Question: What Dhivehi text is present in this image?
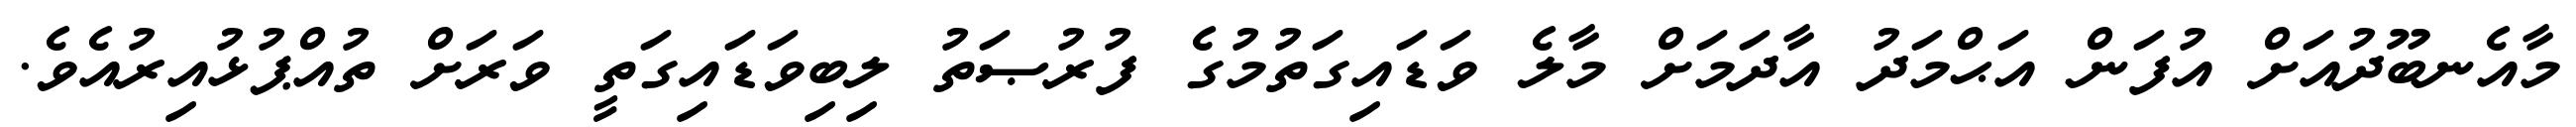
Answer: މާއެނބޫދުއަށް އުފަން އަޙްމަދު އާދަމަށް މާލެ ވަޑައިގަތުމުގެ ފުރުޞަތު ލިބިވަޑައިގަތީ ވަރަށް ތުއްޕުޅުއިރުއެވެ.